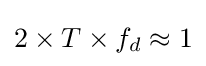
2\times T\times f_{d}\approx 1